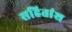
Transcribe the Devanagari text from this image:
सहितांश